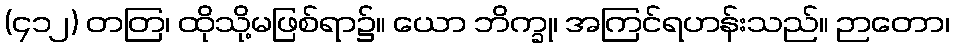
(၄၁၂) တတြ၊ ထိုသို့မဖြစ်ရာ၌။ ယော ဘိက္ခု၊ အကြင်ရဟန်းသည်။ ဉာတော၊